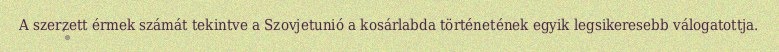
A szerzett érmek számát tekintve a Szovjetunió a kosárlabda történetének egyik legsikeresebb válogatottja.